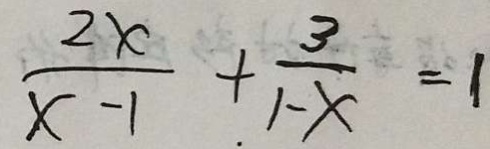
\frac { 2 x } { x - 1 } + \frac { 3 } { 1 - x } = 1